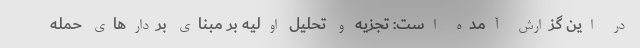
در این گزارش آمده است: تجزیه و تحلیل اولیه بر مبنای بردارهای حمله